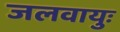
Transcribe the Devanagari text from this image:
जलवायुः